King Institute of Preventive Medicine Bacteriolog. Section reports 1907-08
Year: 1907
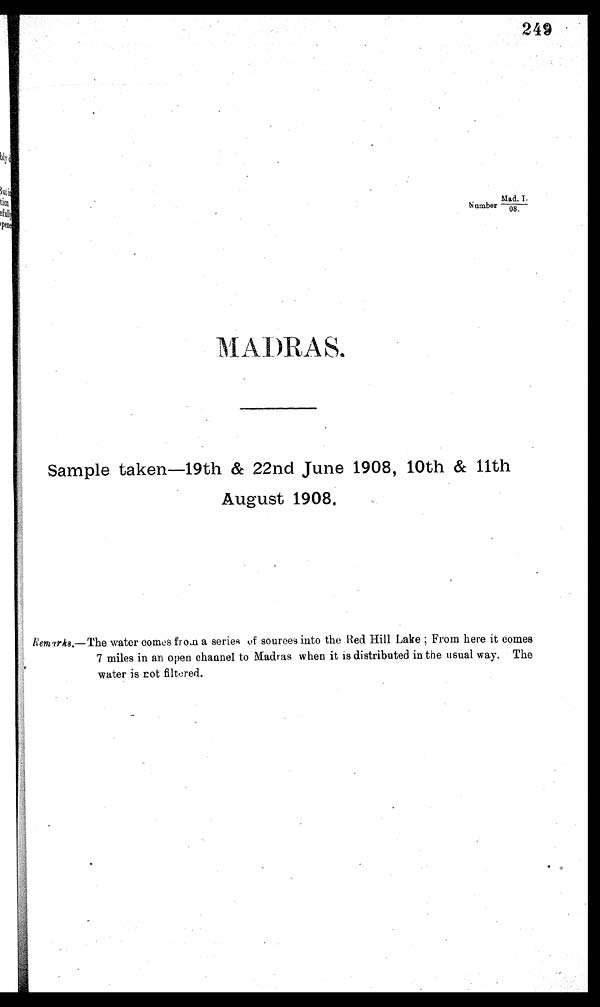
MADRAS.
Sample taken 19th & 22nd June 1908, 10th & 11th
August 1908,
R e m a r k s 8 . — T h e w a t e r c o m e s f r o m a s e r i e s a s o u r c e s i n t o t h e R e d H i l l L a k e F r o m h e r e i t c o m e s
7 miles in an open channel to Madras when it is distributed in the usual way. The
water is rot filtered.